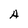
Character: A